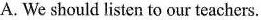
A. We should listen to our teachers.